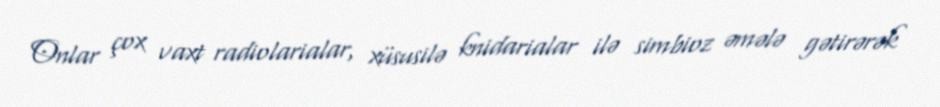
Onlar çox vaxt radiolarialar, xüsusilə knidarialar ilə simbioz əmələ gətirərək